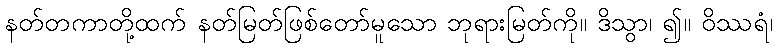
နတ်တကာတို့ထက် နတ်မြတ်ဖြစ်တော်မူသော ဘုရားမြတ်ကို။ ဒိသွာ၊ ၍။ ဝိဿရံ၊